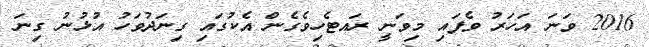
2016 ވަނަ އަހަރު ވެފައި މިވަނީ ރައޓެހިވެގެން އެކުގައި ގިނަދުވަހު އުޅުނު ގިނަ